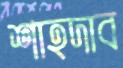
শাহদাব